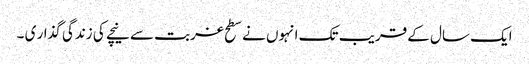
ایک سال کے قریب تک انہوں نے سطح غربت سے نیچے کی زندگی گذار ی ۔